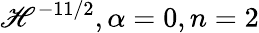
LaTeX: \mathscr{H}^{-11/2},\alpha=0,n=2